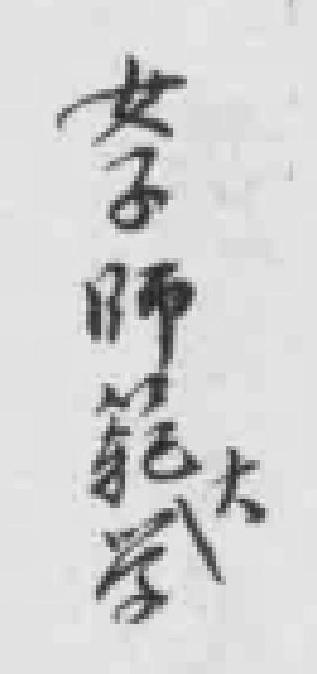
女子師範大学